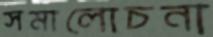
সমালোচনা